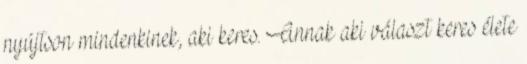
nyújtson mindenkinek, aki keres. Annak aki választ keres élete